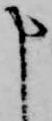
申